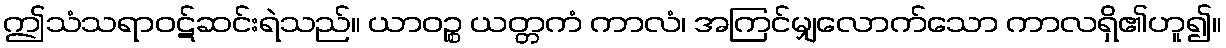
ဤသံသရာဝဋ်ဆင်းရဲသည်။ ယာဝဉ္စ ယတ္တကံ ကာလံ၊ အကြင်မျှလောက်သော ကာလရှိ၏ဟူ၍။